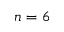
n = 6